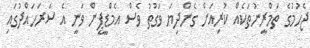
ޖެހުމުގެ ތަމްރީނުތަކެއް ކުރިއަށް ގެންދިޔަ ވަގުތު ވެސް އެމްޑީޕީން ވަނީ އެ ސަރަހައްދުގައި